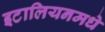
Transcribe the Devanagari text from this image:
इटालियनमधे